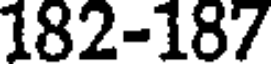
182-187